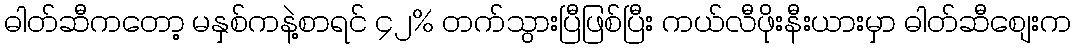
ဓါတ်ဆီကတော့ မနှစ်ကနဲ့စာရင် ၄၂% တက်သွားပြီဖြစ်ပြီး ကယ်လီဖိုးနီးယားမှာ ဓါတ်ဆီစျေးက